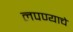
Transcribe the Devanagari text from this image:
लपण्याचे